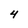
Character: 4